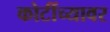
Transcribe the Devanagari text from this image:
कोटींच्यावर